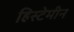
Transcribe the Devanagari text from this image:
हिस्टेमीन